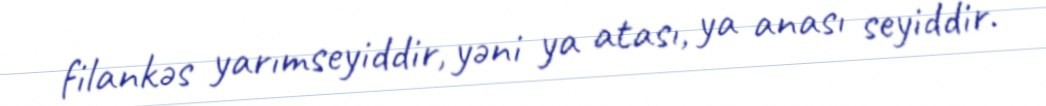
filankəs yarımseyiddir, yəni ya atası, ya anası seyiddir.